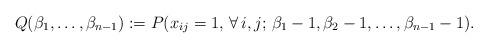
LaTeX: \begin{gather*}Q(\beta_1,\ldots,\beta_{n-1}):=P(x_{ij}=1, \,\forall \,i,j ; \,\beta_1-1,\beta_2-1,\ldots,\beta_{n-1}-1).\end{gather*}